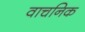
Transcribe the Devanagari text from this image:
वाचनिक